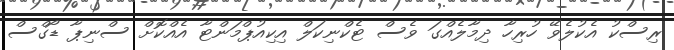
ރިސްކު އެކުލެވޭ ހުރިހާ ދިމާލެއްގަ ވެސް ޓެކްނިކަލް އިކިއުޕްމަންޓާ އެއްކޮށް ސްނިޕާ ޑޯގްސް